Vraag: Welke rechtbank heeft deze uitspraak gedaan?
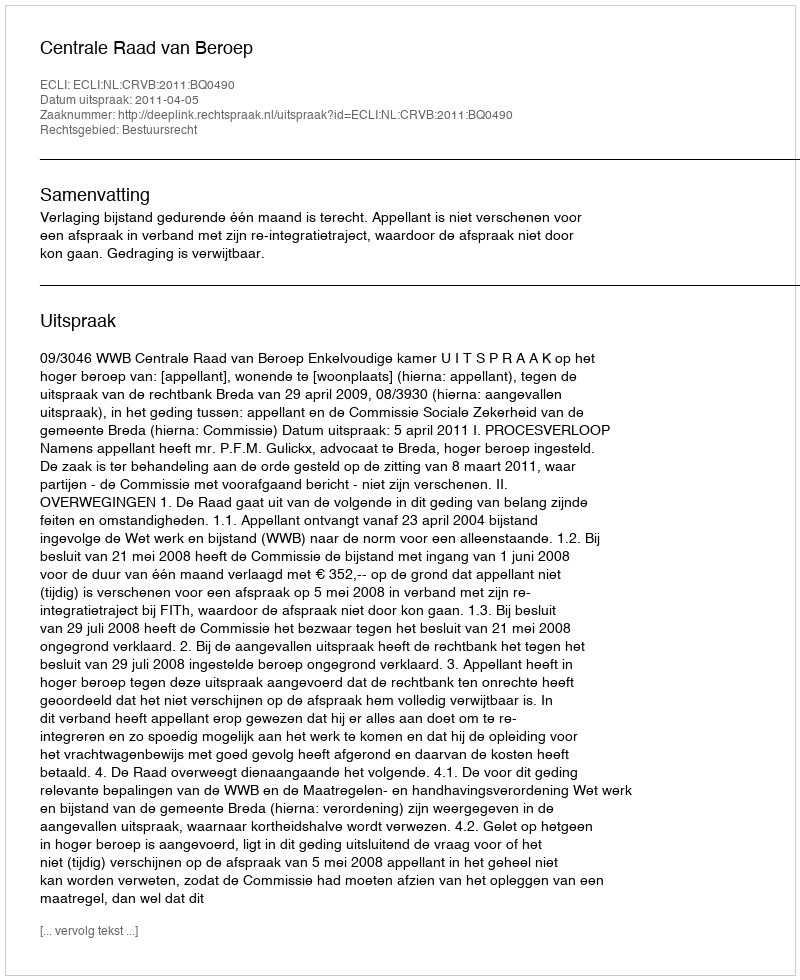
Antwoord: Centrale Raad van Beroep